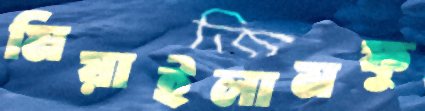
মিয়াইলামফু